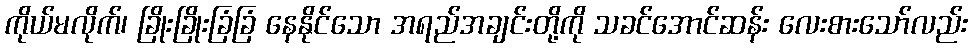
ကိုယ်မလိုက်၊ ခြိုးခြိုးခြံခြံ နေနိုင်သော အရည်အချင်းတို့ကို သခင်အောင်ဆန်း လေးစားသော်လည်း